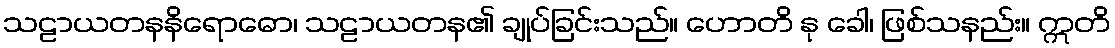
သဠာယတနနိရောဓော၊ သဠာယတန၏ ချုပ်ခြင်းသည်။ ဟောတိ နု ခေါ၊ ဖြစ်သနည်း။ ဣတိ